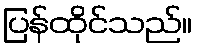
ပြန်ထိုင်သည်။